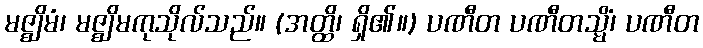
မဇ္ဈိမံ၊ မဇ္ဈိမကုသိုလ်သည်။ (အတ္ထိ၊ ရှိ၏။) ပဏီတ ပဏီတသ္မိံ၊ ပဏီတ